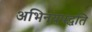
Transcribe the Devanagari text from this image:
अभिनयपद्धति